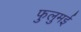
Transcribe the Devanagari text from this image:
फुलुमई